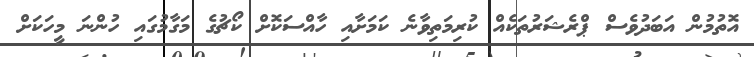
އޮތުމުން އަބަދުވެސް ޕްރެޝަރުތަކެއް ކުރިމަތިވާނެ ކަމަށާއި ހާއްސަކޮށް ކޯޗުގެ މަގާމުގައި ހުންނަ މީހަކަށް